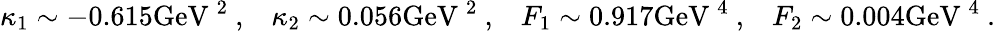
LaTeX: \kappa_{1}\sim-0.615\mathrm{GeV~^{2}~},\; \; \; \kappa_{2}\sim 0.056\mathrm{GeV~^{2}~},\; \; \; F_{1}\sim 0.917\mathrm{{GeV}~^{4}~},\; \; \; F_{2}\sim 0.004\mathrm{{GeV}~^{4}~}.